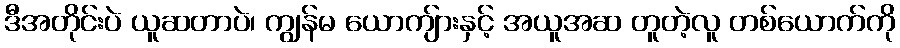
ဒီအတိုင်းပဲ ယူဆတာပဲ၊ ကျွန်မ ယောကျ်ားနှင့် အယူအဆ တူတဲ့လူ တစ်ယောက်ကို